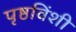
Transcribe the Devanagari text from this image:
पृष्ठविंशी